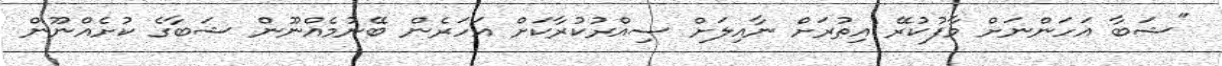
"ޝަބާ އަހަންނަށް މާފުކުރޭ އިތުރަށް ނާއިލަށް ސިއްރުކުރާކަށް އަހަރެން ބޭނުމެއްނޫން ޝަބާގެ ކުށެއްނޫން